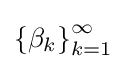
\left\{\beta _{k}\right\}_{k=1}^{\infty }